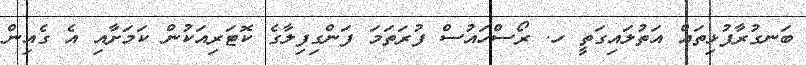
ބަނގުރާފުޅިތައް އަތުލައިގަތީ ހ. ރޯސްހައުސް ފުރަތަމަ ފަންގިފިލާގެ ކޮޓަރިއަކުން ކަމަށާއި އެ ގެއިން